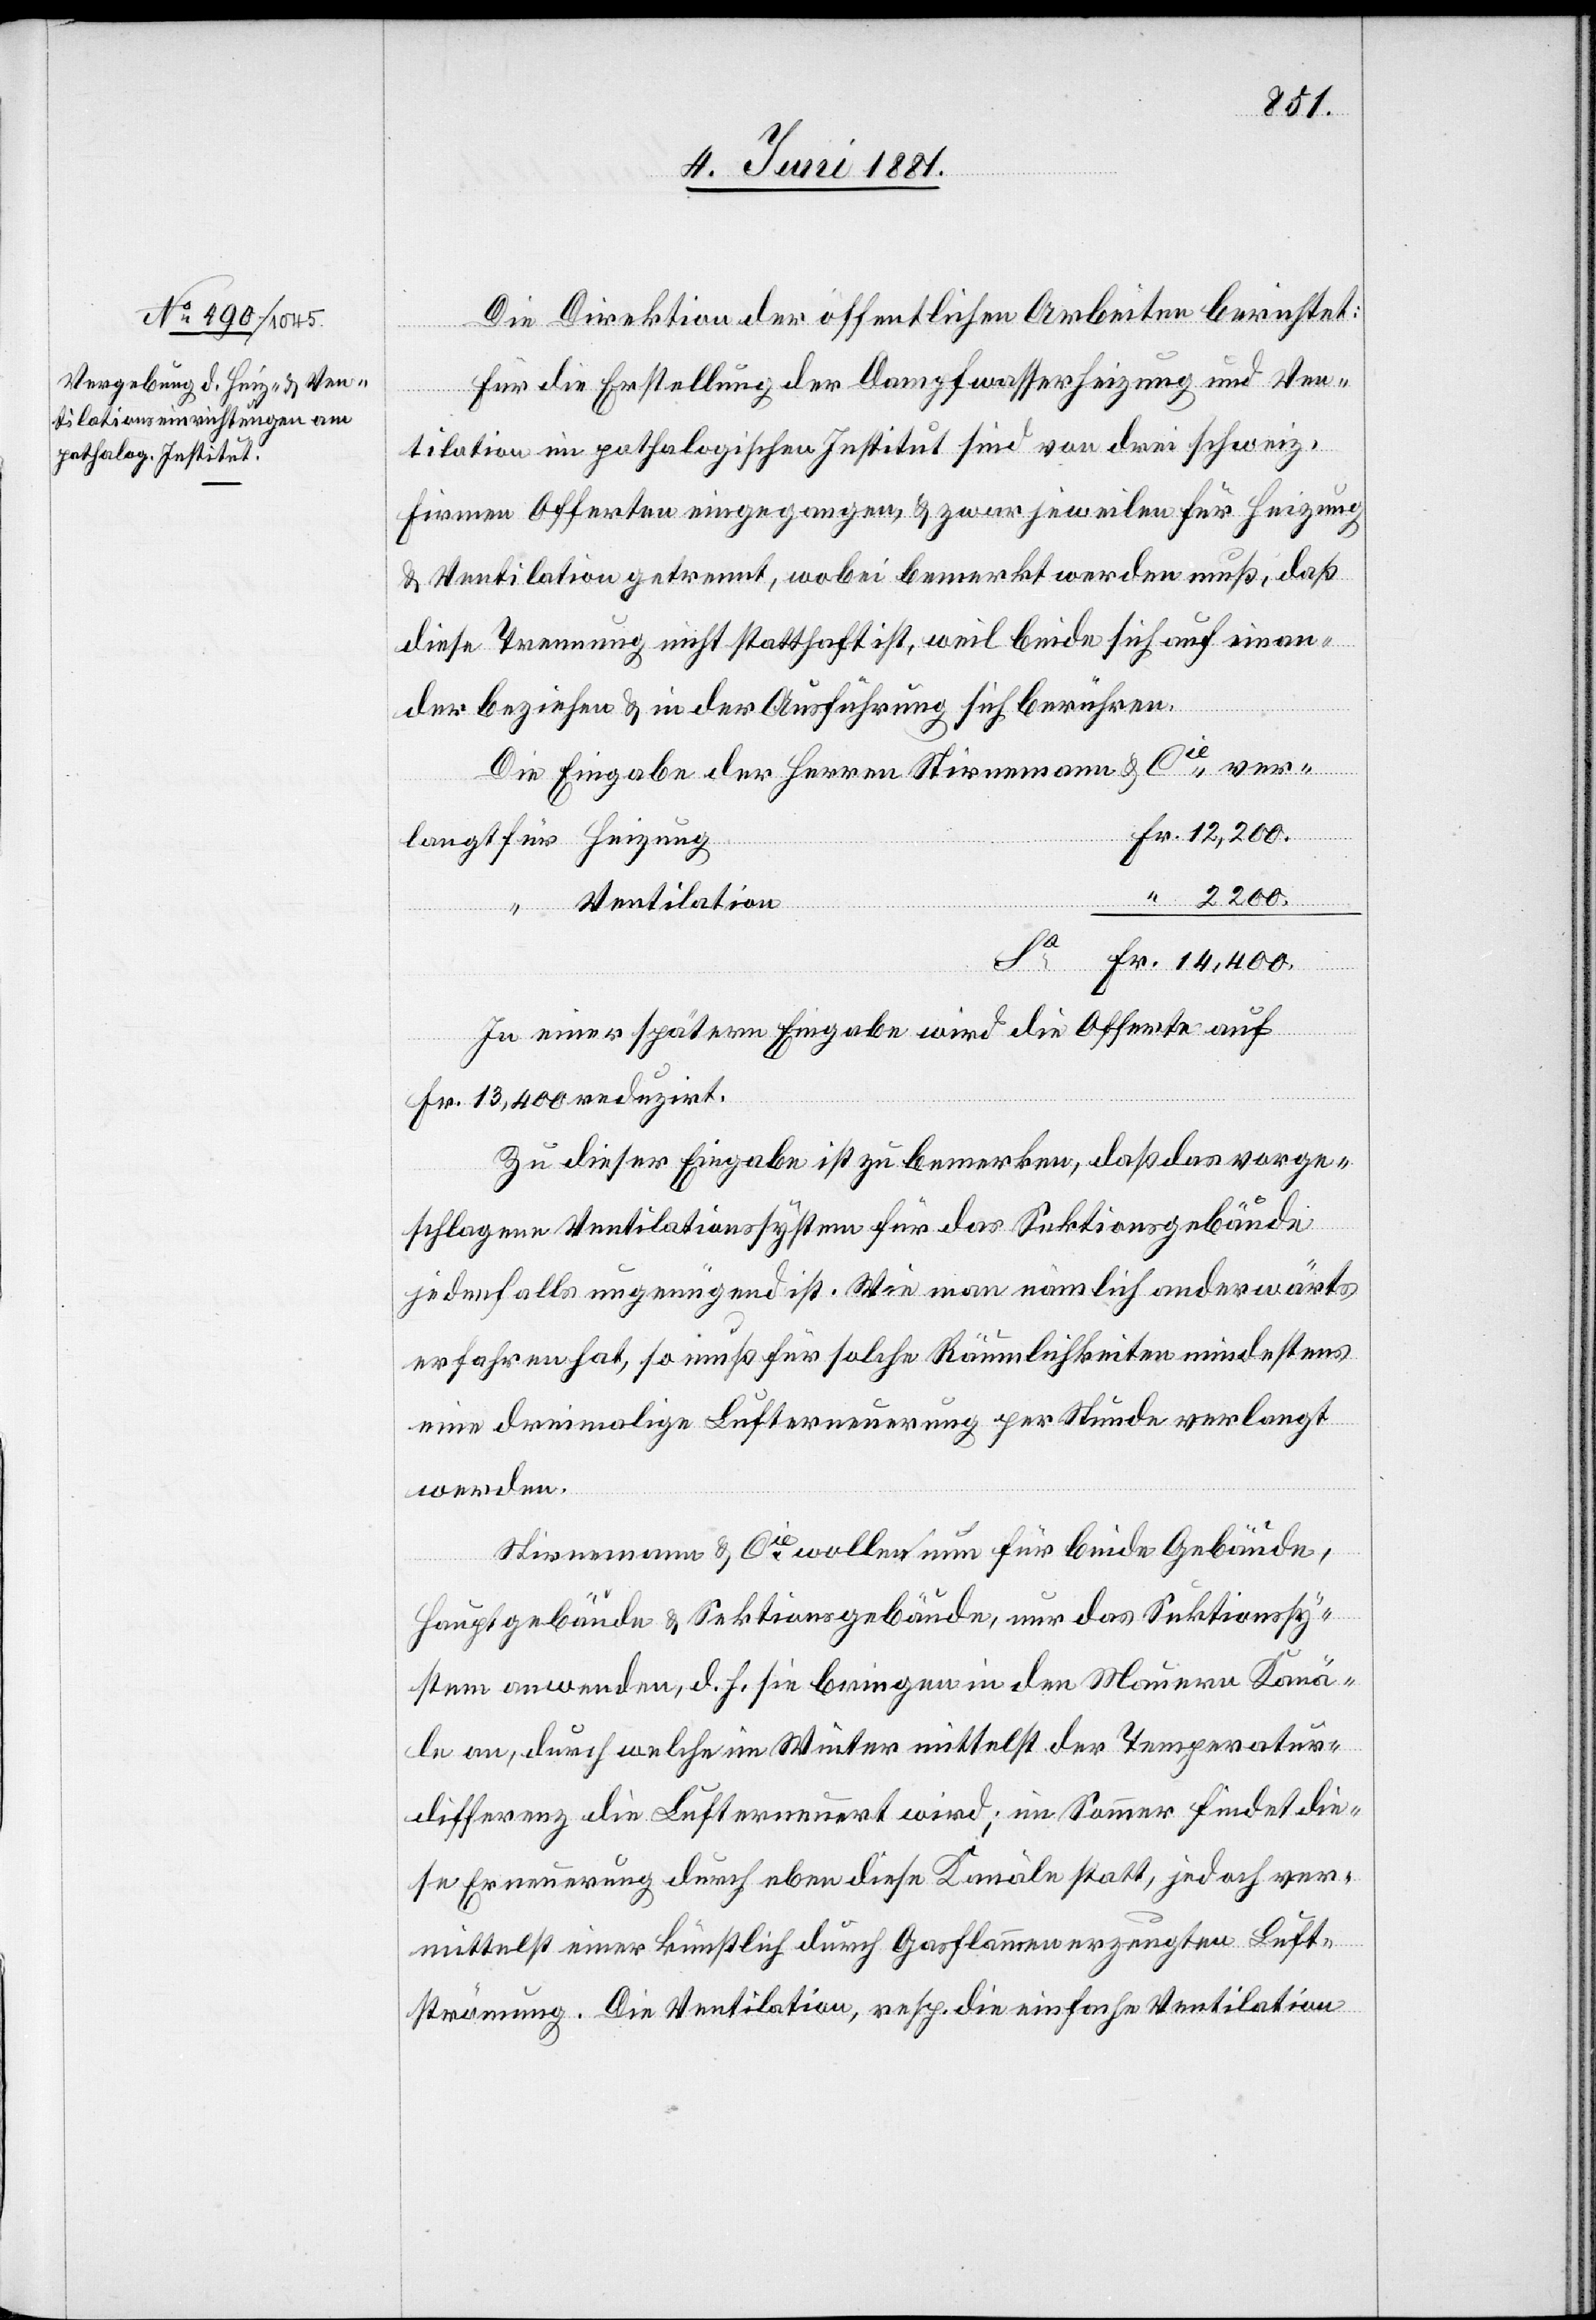
Die Direktion der öffentlichen Arbeiten berichtet:
Für die Erstellung der Dampfwasserheizung und Ven¬
tilation im pathologischen Institut sind von drei schweiz.
Firmen Offerten eingegangen, & zwar jeweilen für Heizung
& Ventilation getrennt, wobei bemerkt werden muß, daß
diese Trennung nicht statthaft ist, weil beide sich auf einan¬
der beziehen & in der Ausführung sich berühren.
Die Eingabe der Herren Stirnemann & Cie ver¬
Fr.
“
Ventilation
“
In einer spätern Eingabe wird die Offerte auf
Fr. 13,400 reduzirt.
Zu dieser Eingabe ist zu bemerken, daß das vorge¬
schlagene Ventilationssystem für das Sektionsgebäude
jedenfalls ungenügend ist. Wie man nämlich anderwärts
erfahren hat, so muß für solche Räumlichkeiten mindestens
eine dreimalige Lufterneuerung per Stunde verlangt
werden.
Stirnemann & Cie wollen nun für beide Gebäude,
Hauptgebäude & Sektionsgebäude, nur das Sektionssy¬
stem anwenden, d. h. sie bringen in den Mauern Kanä¬
le an, durch welche im Winter mittelst der Temperatur¬
differenz die Luft erneuert wird; im Sommer findet die¬
se Erneuerung durch eben diese Kanäle statt, jedoch ver¬
mittelst einer künstlich durch Gasflammen erzeugten Luft¬
strömung. Die Ventilation, resp. die einfache Ventilation